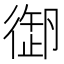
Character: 𢕜